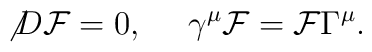
{\not D} {\cal F} = 0, ~~~~ \gamma^\mu {\cal F} = {\cal F} \Gamma^\mu.